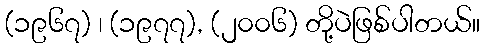
(၁၉၆၇) ၊ (၁၉၇၇), (၂၀၀၆) တို့ပဲဖြစ်ပါတယ်။